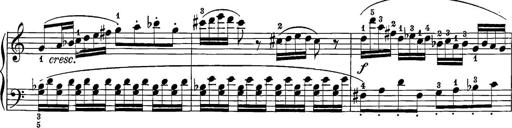
Title: 12 Sonatine per Pianoforte
Composer: Friedrich Kuhlau